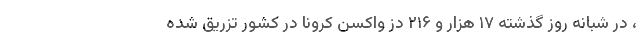
، در شبانه روز گذشته ۱۷ هزار و ۲۱۶ دُز واکسن کرونا در کشور تزریق شده